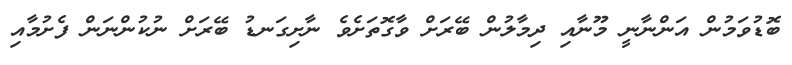
ބޮޑުވަމުން އަންނާނީ މޫނާއި ދިމާލުން ބޭރަށް ވާގޮތަށެވެ ނާށިގަނޑު ބޭރަށް ނުކުންނަން ފެށުމާއި